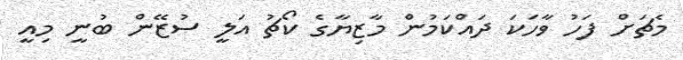
މެޗަށް ފަހު ވާހަކަ ދައްކަމުން މާޒިޔާގެ ކޯޗު އަލީ ސުޒޭން ބުނީ މިއީ